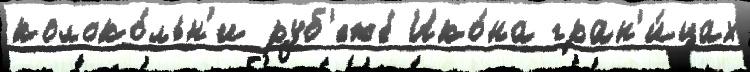
колоко́льн'и руб'еже́ Ико́на гран'и́цах